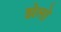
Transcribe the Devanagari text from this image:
झेलो